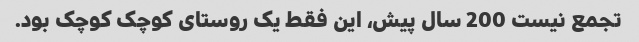
تجمع نیست 200 سال پیش، این فقط یک روستای کوچک کوچک بود.